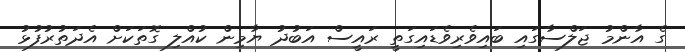
ގެ އާންމު ޖަލްސާގައި ބައިވެރިވެޑައިގަތީ ރައީސް އަބުދު ޔާމިން ކުއްލި ގޮތަކަށް އެދަތުރުފުޅު